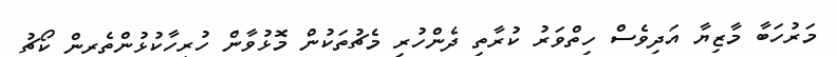
މަރުހަބާ މާޒިޔާ އަދިވެސް ހިތްވަރު ކުރާތި ދެންހުރި މެޗުތަކުން މޮޅުވާން ހުރިހާކުޅުންތެރިން ކޯޗު